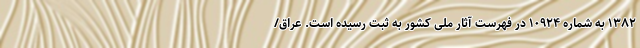
۱۳۸۲ به شماره ۱۰۹۲۴ در فهرست آثار ملی کشور به ثبت رسیده است. عراق/